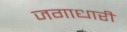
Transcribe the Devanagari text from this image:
जगाधारी